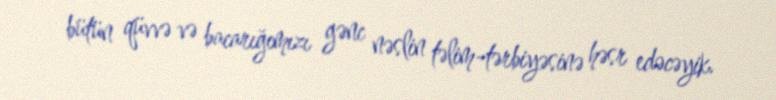
bütün qüvvə və bacarığımızı gənc nəslin təlim-tərbiyəsinə həsr edəcəyik.